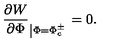
\frac { \partial W } { \partial \Phi } _ { \left| \Phi = \Phi _ { c } ^ { \pm } \right. } = 0 .